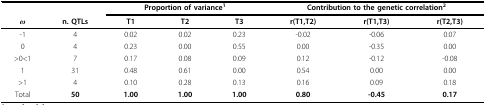
<table><thead><tr><td></td><td></td><td colspan="3"><b>Proportion of variance<sup>1</sup></b></td><td colspan="3"><b>Contribution to the genetic correlation<sup>2</sup></b></td></tr><tr><td><b><i>ω</i></b></td><td><b>n. QTLs</b></td><td><b>T1</b></td><td><b>T2</b></td><td><b>T3</b></td><td><b>r(T1,T2)</b></td><td><b>r(T1,T3)</b></td><td><b>r(T2,T3)</b></td></tr></thead><tbody><tr><td>-1</td><td>4</td><td>0.02</td><td>0.02</td><td>0.23</td><td>-0.02</td><td>-0.06</td><td>0.07</td></tr><tr><td>0</td><td>4</td><td>0.23</td><td>0.00</td><td>0.55</td><td>0.00</td><td>-0.35</td><td>0.00</td></tr><tr><td>&gt;0&lt;1</td><td>7</td><td>0.17</td><td>0.08</td><td>0.09</td><td>0.12</td><td>-0.12</td><td>-0.08</td></tr><tr><td>1</td><td>31</td><td>0.48</td><td>0.61</td><td>0.00</td><td>0.54</td><td>0.00</td><td>0.00</td></tr><tr><td>&gt;1</td><td>4</td><td>0.10</td><td>0.28</td><td>0.13</td><td>0.16</td><td>0.09</td><td>0.18</td></tr><tr><td>Total</td><td><b>50</b></td><td><b>1.00</b></td><td><b>1.00</b></td><td><b>1.00</b></td><td><b>0.80</b></td><td><b>-0.45</b></td><td><b>0.17</b></td></tr></tbody></table>